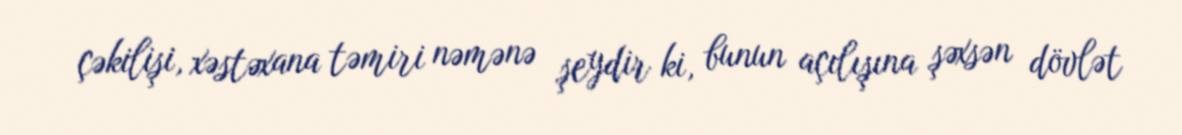
çəkilişi, xəstəxana təmiri nəmənə şeydir ki, bunun açılışına şəxsən dövlət